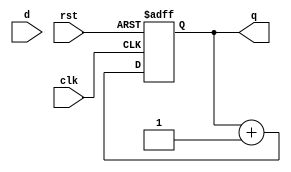
module mod8_up_counter(q,d,clk,rst);
  output reg[2:0]q=3'b000;
  input [2:0]d;
  input clk,rst;
  always@(posedge clk or posedge rst)
  begin
    if(rst)
      q<=3'b000;
  else
    q<=q+1;
  end
endmodule